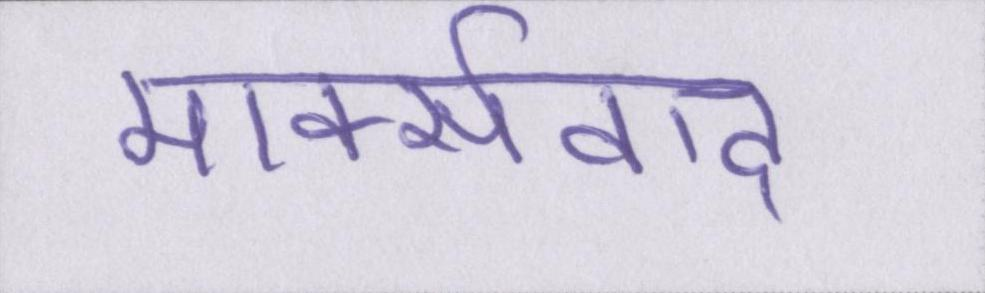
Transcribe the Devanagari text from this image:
मार्क्सवाद